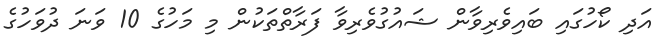
އަދި ކޯހުގައި ބައިވެރިވާން ޝައުގުވެރިވާ ފަރާތްތަކުން މި މަހުގެ 10 ވަނަ ދުވަހުގެ